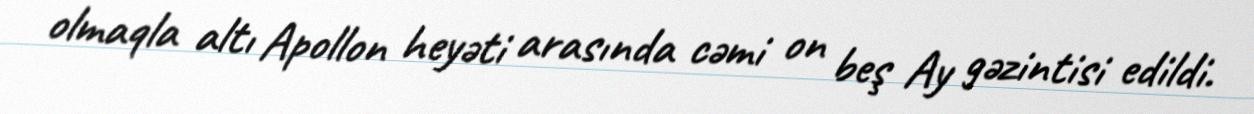
olmaqla altı Apollon heyəti arasında cəmi on beş Ay gəzintisi edildi.